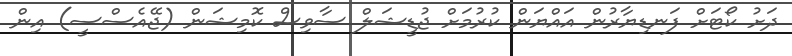
ދަށު ކޯޓަށް ފަނޑިޔާރުން އައްޔަން ކުރުމަށް ޖުޑީޝަލް ސާވިސް ކޮމިޝަން (ޖޭއެސްސީ) އިން